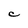
Character: C